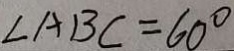
\angle A B C = 6 0 ^ { \circ }